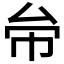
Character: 𠫦